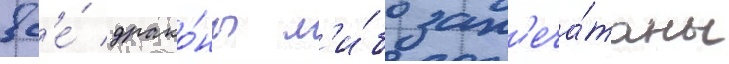
вс'е́ драко́ны л'и́бо зап'еча́таны